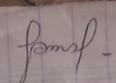
Signature authenticity: forged